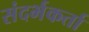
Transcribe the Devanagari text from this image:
संदर्भकर्ता